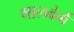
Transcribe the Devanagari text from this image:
थालबेर्ग